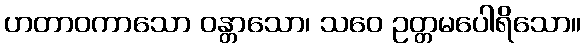
ဟတာဝကာသော ဝန္တာသော၊ သဝေ ဥတ္တမပေါရိသော။